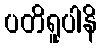
ပတိရူပါနိ